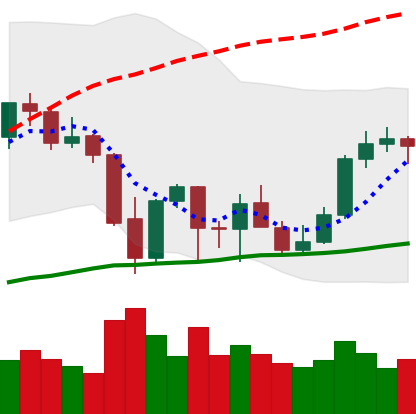
Ticker: ETH-USD
Chart end date: 2021-10-04
Forward return: 5.788%
Label: up_5_7